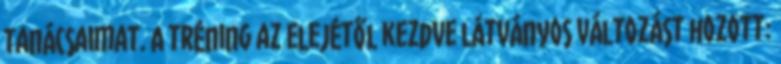
tanácsaimat. A tréning az elejétől kezdve látványos változást hozott: